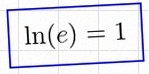
\ln(e)=1